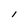
Character: I